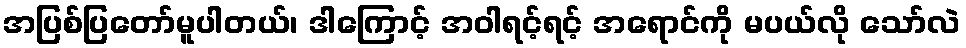
အပြစ်ပြတော်မူပါတယ်၊ ဒါကြောင့် အဝါရင့်ရင့် အရောင်ကို မပယ်လို သော်လဲ